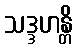
သဒ္ဒဟန္တိ